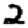
Digit: 2